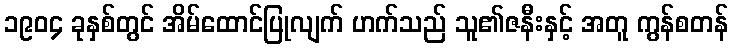
၁၉၀၄ ခုနှစ်တွင် အိမ်ထောင်ပြုလျက် ဟက်သည် သူ၏ဇနီးနှင့် အတူ ကွန်စတန်